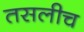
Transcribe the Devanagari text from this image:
तसलीच